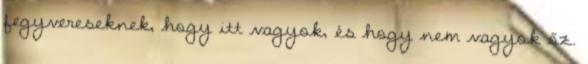
fegyvereseknek, hogy itt vagyok, és hogy nem vagyok őz.